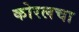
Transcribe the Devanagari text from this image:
कोरलचा